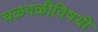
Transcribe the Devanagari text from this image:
चळवळीविषयी